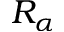
R _ { \alpha }